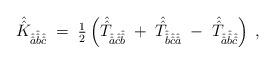
LaTeX: \begin{align*}\hat{\hat{K}}_{\hat{\hat{a}}\hat{\hat{b}}\hat{\hat{c}}} \;=\; {\textstyle\frac{1}{2}}\left(\hat{\hat{T}}_{\hat{\hat{a}}\hat{\hat{c}}\hat{\hat{b}}} \; +\; \hat{\hat{T}}_{\hat{\hat{b}}\hat{\hat{c}}\hat{\hat{a}}} \; -\; \hat{\hat{T}}_{\hat{\hat{a}}\hat{\hat{b}}\hat{\hat{c}}} \right) \; , \end{align*}